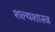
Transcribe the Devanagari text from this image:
शल्यशास्त्र